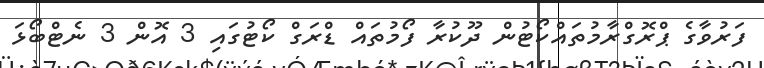
ފަރުވާގެ ޕްރޮގްރާމުތައްކޯޓުން ދޫކުރާ ފޯމުތައް ޑްރަގް ކޯޓުގައި 3 އޮން 3 ނެޓްބޯޅަ